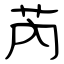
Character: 芮